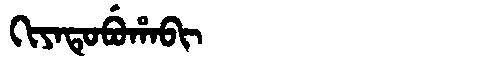
Manchu: ᡴᡳᠶᠠᡨᡠᠪᡠᡥᠠᠪᡳ
Romanization: KIYATUBUHABI